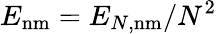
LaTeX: E_{\mathrm{nm}}=E_{N,\mathrm{nm}}/N^{2}